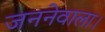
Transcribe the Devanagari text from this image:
जननेवाला।